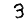
Digit: 3